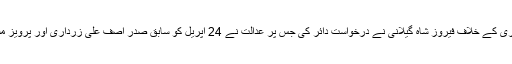
پیپلزپارٹی کے شریک چیئرمین اور سابق صدر آصف زرداری کے خلاف فیروز شاہ گیلانی نے درخواست دائر کی جس پر عدالت نے 24 اپریل کو سابق صدر آصف علی زرداری اور پرویز مشرف کو نوٹس جاری کرتے ہوئے وضاحت طلب کی تھی ۔